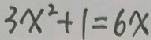
3 x ^ { 2 } + 1 = 6 x